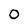
Character: 0